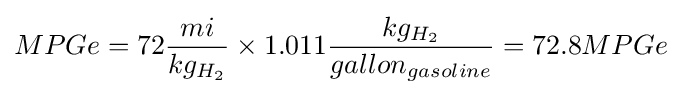
MPGe=72{\frac {mi}{kg_{H_{2}}}}\times {1.011{\frac {kg_{H_{2}}}{gallon_{gasoline}}}}=72.8MPGe